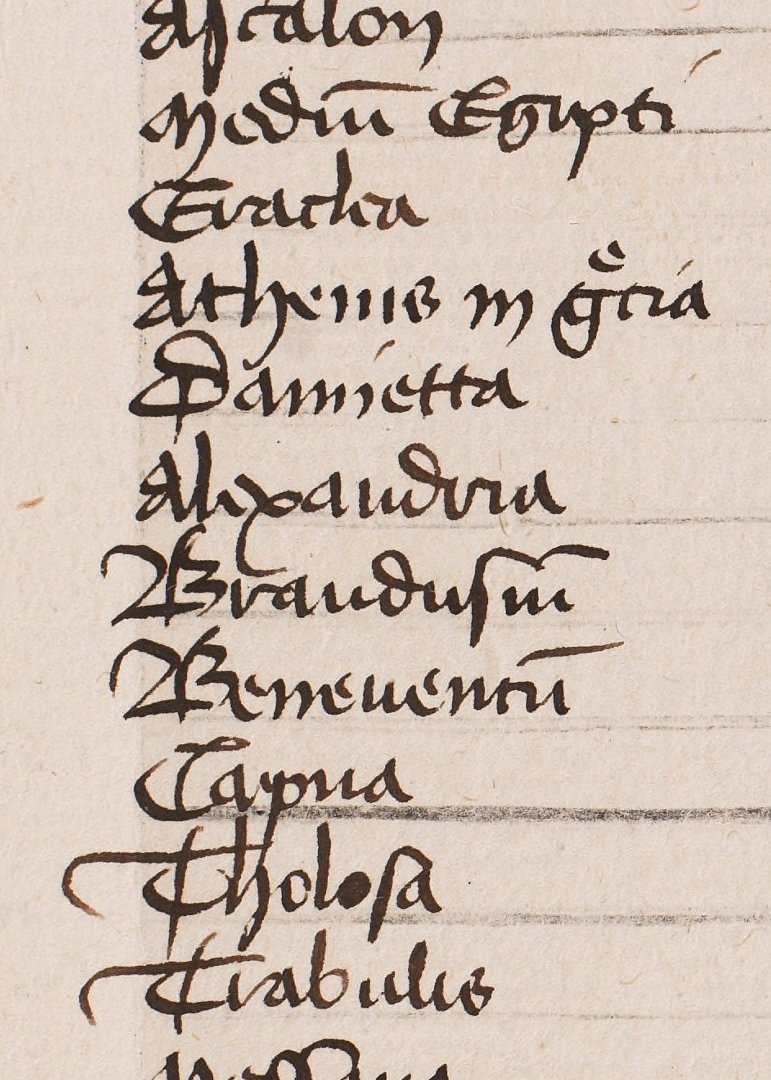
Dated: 1425–1449